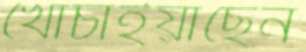
খোঁচাইয়াছেন